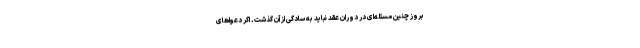
بروز چنین مسئله‌ای در دوران عقد نباید به سادگی از آن گذشت. اگر دعواهای